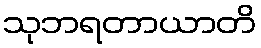
သုဘရတာယာတိ